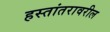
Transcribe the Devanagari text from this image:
हस्तांतरावरील